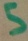
Text: 5